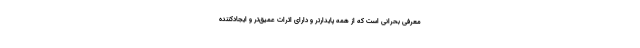
معرفی بحرانی است که از همه پایدارتر و دارای اثرات عمیق‌تر و ایجادکننده